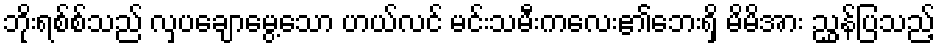
ဘိုးရစ်စ်သည် လှပချောမွေ့သော ဟယ်လင် မင်းသမီးကလေး၏ဘေးရှိ မိမိအား ညွှန်ပြသည့်